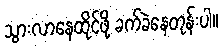
သွားလာနေထိုင်ဖို့ ခက်ခဲနေတုန်းပါ။